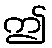
ဤ